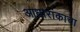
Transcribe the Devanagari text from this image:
आधारांकाचा